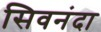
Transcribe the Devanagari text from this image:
सिवनंदा